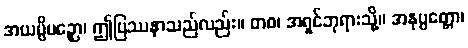
အယမ္ပိပဉှော၊ ဤပြဿနာသည်လည်း။ တဝ၊ အရှင်ဘုရားသို့။ အနုပ္ပတ္တော၊